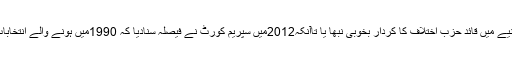
انہوں نے دھاندلی سے برسر اقتدار آنے والی IJIکی حکومت کے دورانیے میں قائد حزب اختلاف کا کردار بخوبی نبھا یا تاآنکہ2012میں سپریم کورٹ نے فیصلہ سنادیا کہ 1990میں ہونے والے انتخابات کو قدامت پسند IJIکی Engineered انتخابی دھاندلی قرار دے دیا۔